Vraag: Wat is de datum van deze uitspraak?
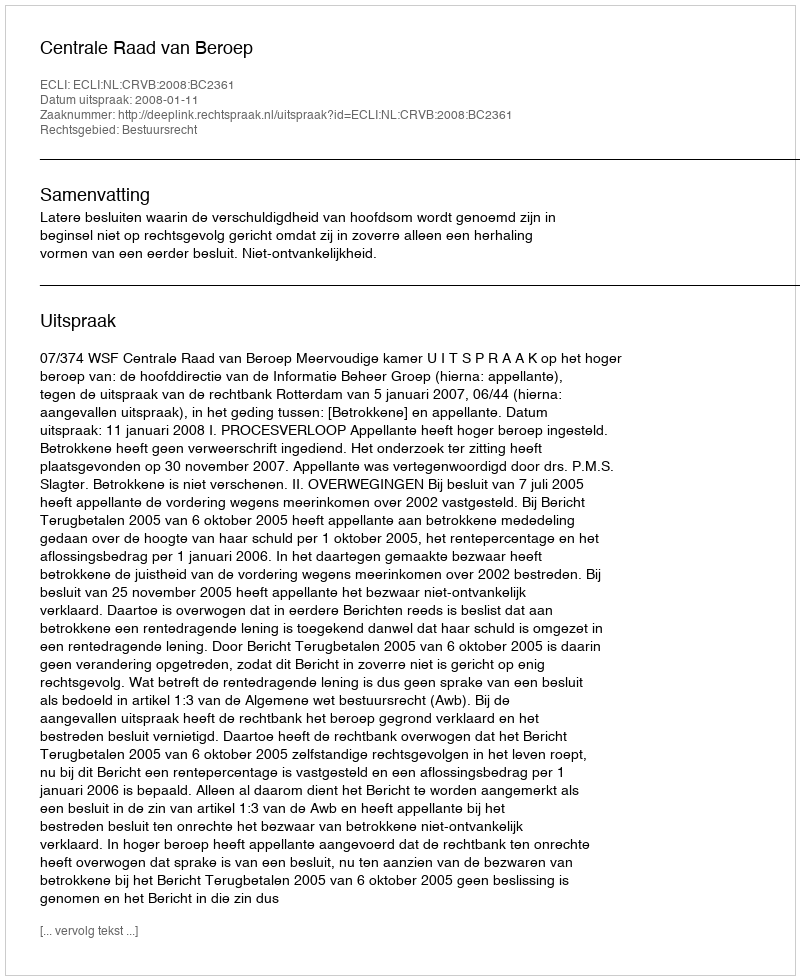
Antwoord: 2008-01-11